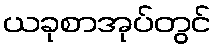
ယခုစာအုပ်တွင်